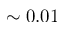
\sim 0 . 0 1